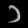
Digit: ၁